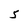
Character: 5